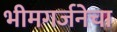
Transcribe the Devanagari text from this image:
भीमगर्जनेचा